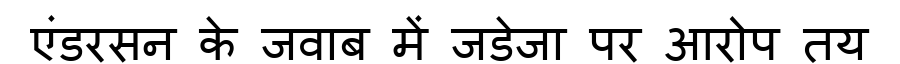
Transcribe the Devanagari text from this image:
एंडरसन के जवाब में जडेजा पर आरोप तय